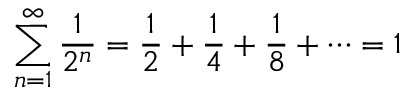
\sum _ { n = 1 } ^ { \infty } { \frac { 1 } { 2 ^ { n } } } = { \frac { 1 } { 2 } } + { \frac { 1 } { 4 } } + { \frac { 1 } { 8 } } + \cdots = 1